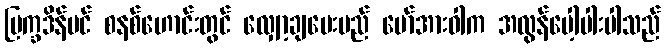
ပြက္ခဒိန်ပင် စနစ်ဟောင်းတွင် လျှော့ချပေးမည် မော်အားဝါက အလွန်ပေါ့ပါးပါသည်